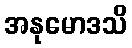
အနုမောဒသိ